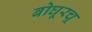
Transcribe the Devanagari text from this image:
बोघूरचू